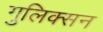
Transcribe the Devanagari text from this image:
गुलिक्सन